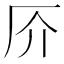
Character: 𠨴